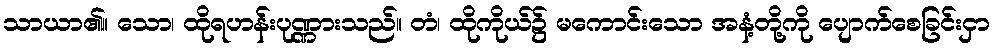
သာယာ၏။ သော၊ ထိုရဟန်းပုဏ္ဏားသည်။ တံ၊ ထိုကိုယ်၌ မကောင်းသော အနံ့တို့ကို ပျောက်စေခြင်းငှာ